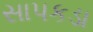
સાપકડા